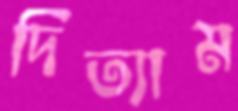
দিত্যাম